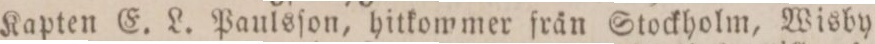
Kapten E. L. Paulsſon, hitkommer från Stockholm, Wisby